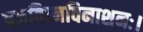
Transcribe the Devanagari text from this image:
त्रजविघ्नविनाशनः।